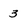
Character: 3